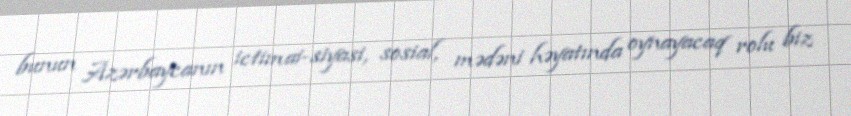
bunun Azərbaycanın ictimai-siyasi, sosial, mədəni həyatında oynayacaq rolu biz